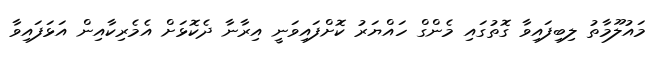
މައުލޫމާތު ލިބިފައިވާ ގޮތުގައި މެންގް ހައްޔަރު ކޮށްފައިވަނީ އިރާނާ ދެކޮޅަށް އެމެރިކާއިން އަޅަފައިވާ